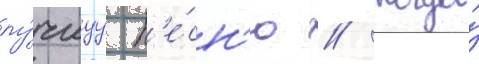
лу́чшуу п'е́сн'ю // Когда́